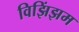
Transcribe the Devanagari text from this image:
विझिंझम